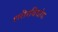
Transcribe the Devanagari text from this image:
शरीरवियोग